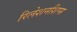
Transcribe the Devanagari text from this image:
रिलेशनशिप्स